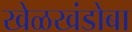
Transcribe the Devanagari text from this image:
खेळखंडोबा